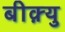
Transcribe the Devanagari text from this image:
बीक़्यु